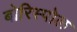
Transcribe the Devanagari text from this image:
बोरिस्पोल